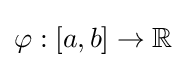
\varphi :[a,b]\to \mathbb {R}